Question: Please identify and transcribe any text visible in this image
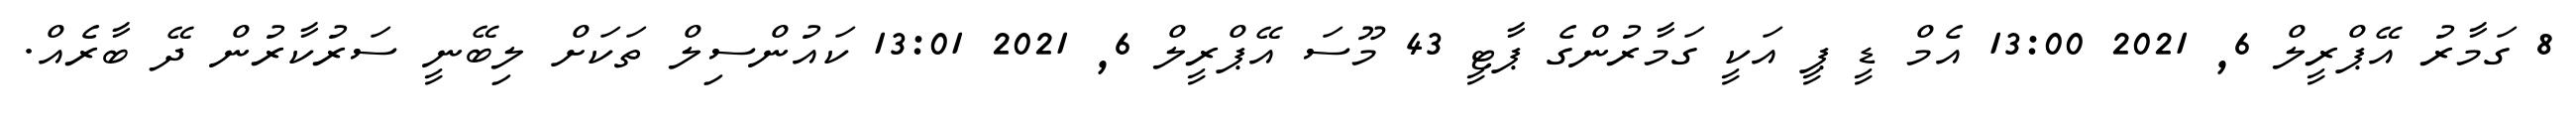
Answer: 8 ގަމާރު އޭޕްރީލް 6, 2021 13:00 އެމް ޑީ ޕީ އަކީ ގަމާރުންގެ ޕާޓީ 43 މޫސަ އޭޕްރީލް 6, 2021 13:01 ކައުންސިލް ތަކަށް ލިބޭނީ ސަރުކާރުން ދޭ ބާރެއް.